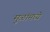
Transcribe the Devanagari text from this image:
मुळांमध्ये